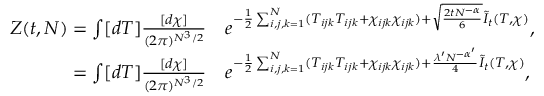
\begin{array} { r l } { Z ( t , N ) = \int [ d T ] \frac { [ d \chi ] } { ( 2 \pi ) ^ { N ^ { 3 } / 2 } } } & { e ^ { - \frac { 1 } { 2 } \sum _ { i , j , k = 1 } ^ { N } ( T _ { i j k } T _ { i j k } + \chi _ { i j k } \chi _ { i j k } ) + \sqrt { \frac { 2 t N ^ { - \alpha } } { 6 } } \tilde { I } _ { t } ( T , \chi ) } \mathrm { , } } \\ { = \int [ d T ] \frac { [ d \chi ] } { ( 2 \pi ) ^ { N ^ { 3 } / 2 } } } & { e ^ { - \frac { 1 } { 2 } \sum _ { i , j , k = 1 } ^ { N } ( T _ { i j k } T _ { i j k } + \chi _ { i j k } \chi _ { i j k } ) + \frac { \lambda ^ { \prime } N ^ { - \alpha ^ { \prime } } } { 4 } \tilde { I } _ { t } ( T , \chi ) } \mathrm { , } } \end{array}